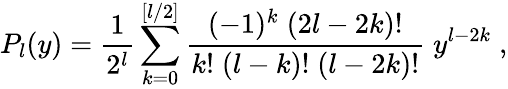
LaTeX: P_{l}(y)=\frac{1}{2^{l}}\sum_{k=0}^{[l/2]}\frac{(-1)^{k}\; (2l-2k)!}{k!\; (l-k)!\; (l-2k)!}\; y^{l-2k}\; ,